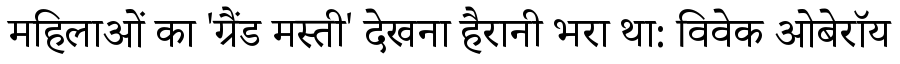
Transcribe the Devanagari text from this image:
महिलाओं का 'ग्रैंड मस्ती' देखना हैरानी भरा था: विवेक ओबेरॉय